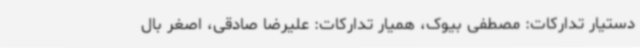
دستیار تدارکات: مصطفی بیوک، همیار تدارکات: علیرضا صادقی، اصغر بال